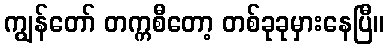
ကျွန်တော် တက္ကစီတော့ တစ်ခုခုမှားနေပြီ။